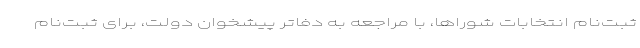
ثبت‌نام انتخابات شوراها، با مراجعه به دفاتر پیشخوان دولت، برای ثبت‌نام